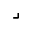
\lrcorner